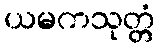
ယမကသုတ္တံ